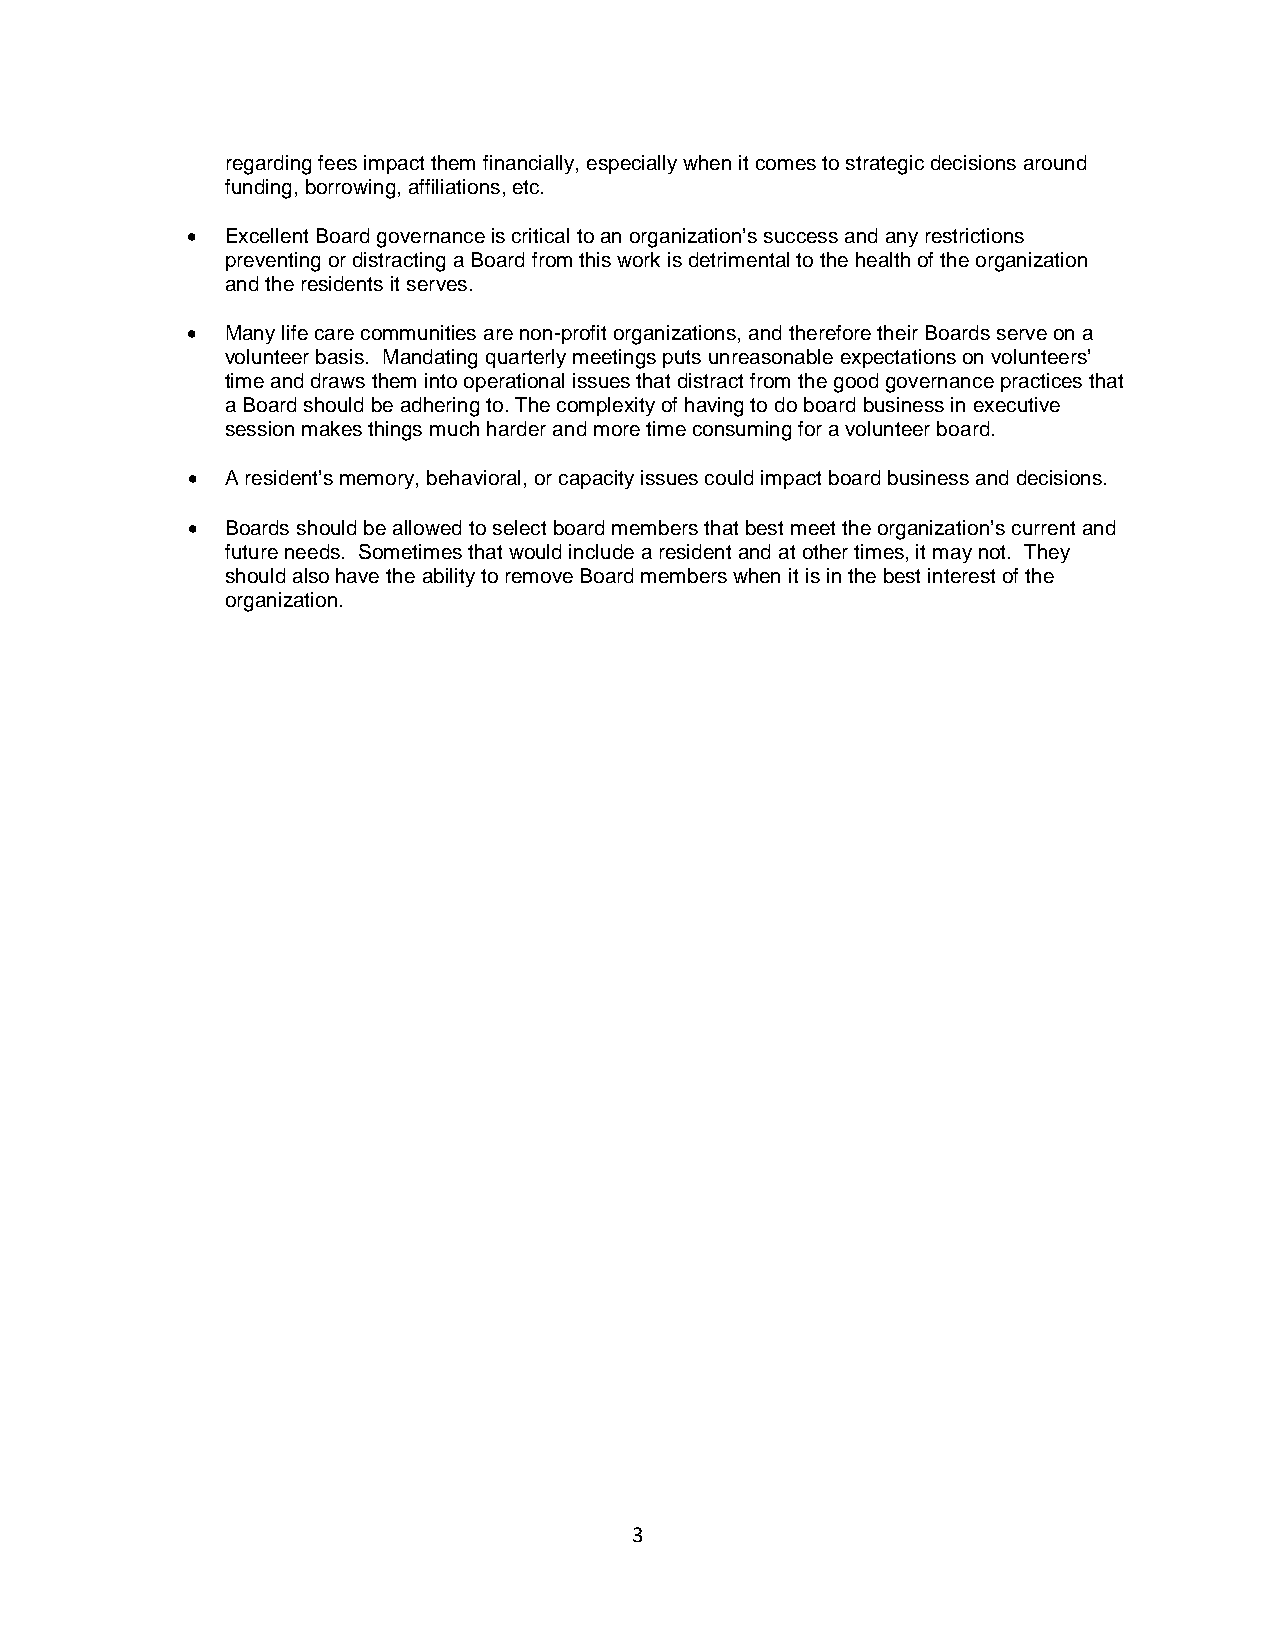
regarding fees impact them financially, especially when it comes to strategic decisions around
 funding, borrowing, affiliations, etc.
 •  Excellent Board governance is critical to an organization’s success and any restrictions
 preventing or distracting a Board from this work is detrimental to the health of the organization
 and the residents it serves.
 •  Many life care communities are non-profit organizations, and therefore their Boards serve on a
 volunteer basis. Mandating quarterly meetings puts unreasonable expectations on volunteers’
 time and draws them into operational issues that distract from the good governance practices that
 a Board should be adhering to. The complexity of having to do board business in executive
 session makes things much harder and more time consuming for a volunteer board.
 •  A resident’s memory, behavioral, or capacity issues could impact board business and decisions.
 •  Boards should be allowed to select board members that best meet the organization’s current and
 future needs. Sometimes that would include a resident and at other times, it may not. They
 should also have the ability to remove Board members when it is in the best interest of the
 organization.
 3